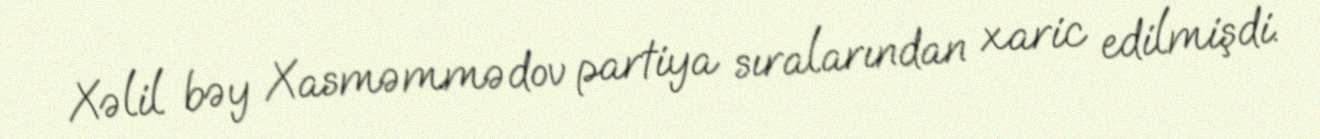
Xəlil bəy Xasməmmədov partiya sıralarından xaric edilmişdi.